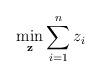
LaTeX: \begin{align*}\min_{\mathbf{z}} \sum_{i=1}^{n} {z_i}\end{align*}